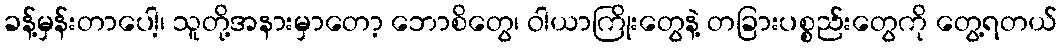
ခန့်မှန်းတာပေါ့၊ သူတို့အနားမှာတော့ ဘောစိတွေ၊ ဝါယာကြိုးတွေနဲ့ တခြားပစ္စည်းတွေကို တွေ့ရတယ်